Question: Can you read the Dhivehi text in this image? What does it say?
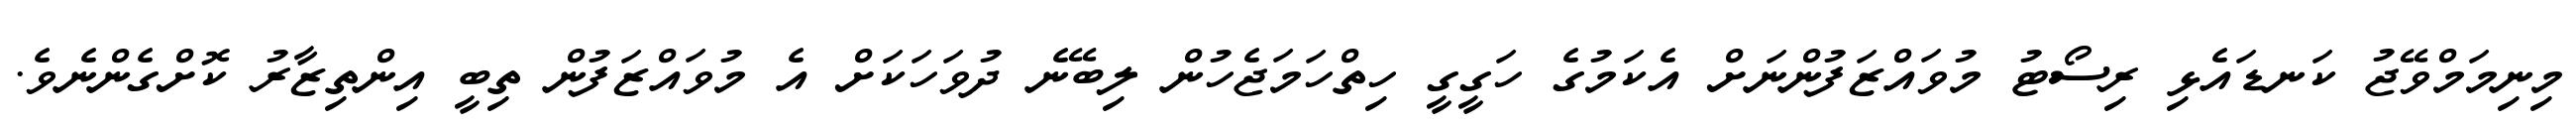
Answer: މިނިމަމްވޭޖު ކަނޑައެޅި ރިސޯޓު މުވައްޒަފުންނަށް އެކަމުގެ ހަގީގީ ހިތްހަމަޖެހުން ލިބޭނެ ދުވަހަކަށް އެ މުވައްޒަފުން ތިބީ އިންތިޒާރު ކޮށްގެންނެވެ.